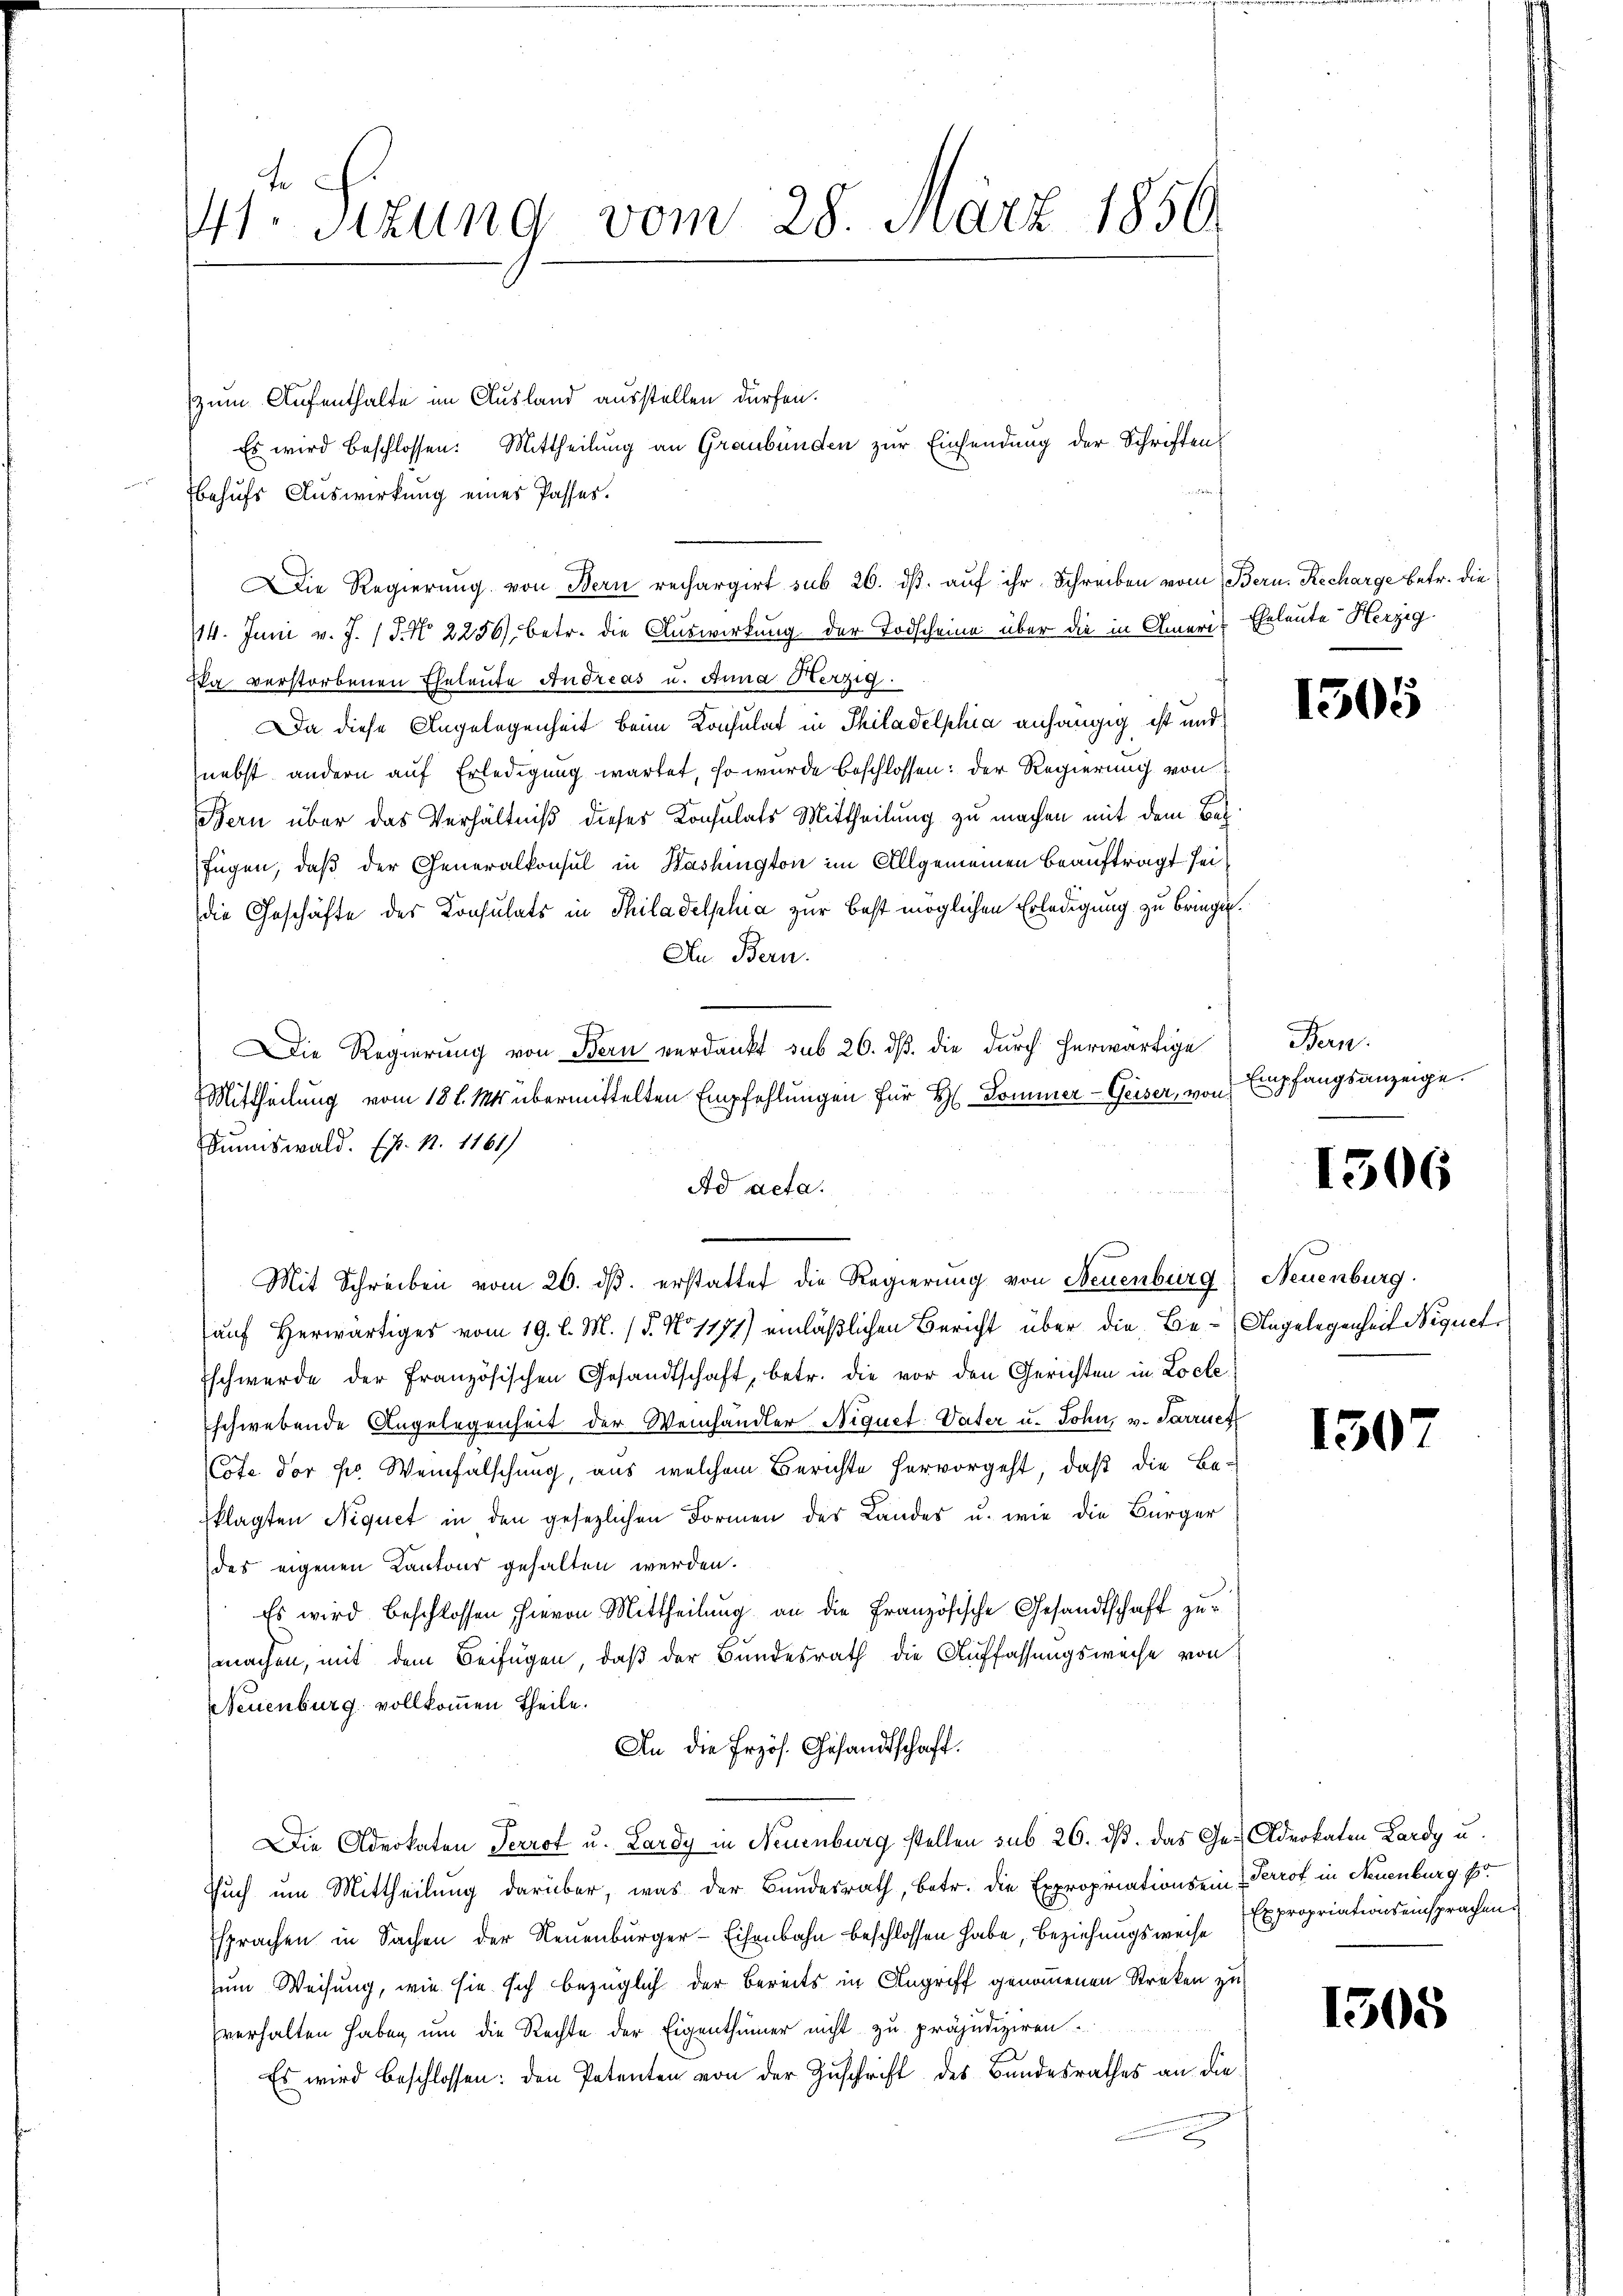
41. Sizung vom 28. März 1850.
zum Aufenthalte im Ausland ausstellen dürfen.

behufs Auswirkung eines Passes.
14. Juni v. J. (T. No. 2256), betr. die Auswirkung der Todscheine über die in Amerin Eheleute Herzig
Eka verstorbenen Eheleute Andreas u. Anna Kerzig.
Da diese Angelegenheit beim Konsulat in Philadelphia anhängig ist und
nebst andern auf Erledigung wartet, so wurde beschlossen: der Regierung von
Bern über das Verhältniß dieses Konsulats Mittheilung zu machen mit dem Bez
fügen, daß der Generalkonsul in Washington im Allgemeinen Beauftragt sei
die Geschäfte des Konsulats in Philadelphia zur Best möglichen Erledigung zu bringin.
An Bern.
Die Regierung von Bern verdankt sub 26. dß. die durch herwärtige
Mittheilung vom 18 l. Mts. übermittelten Empfehlungen für H Sommer-Geiser, von
Dumswald. Ex. N. 1161)
Ad acta.
Mit Schreiben vom 26. dβ. erstattet die Regierung von Neuenburg
auf Herwärtiges vom 19. l. M. (§. No 1171) einläßlichen Bericht über die Be- Angelegenheit Niquet
Eschwerde der Französischen Gesandtschaft, betr. die vor den Gerichten in Locte,
schwebende Angelegenheit der Weinhändler Niquet Vater u. John, v. Parruef
Cote der pro Weinfalschung, aus welchem Berichte hervorgeht, daß die Be-
klagten Niquet in den gesezlichen Formen des Landes u. wie die Bürger
des eigenen Kantons gehalten werden.
Es wird beschlossen hievon Mittheilung an die Französische Gesandtschaft zumachen, mit dem Beifügen, daß der Bundesrath die Auffassungsweise von
Neuenburg vollkommen Theile.
An die Erzös. Gesandtschaft.
Die Advokaten Perrot u. Lardy in Neuenburg stellen sub 26. ds. das Ge- Advokaten Lardy u.
Tuch um Mittheilung darüber, was der Bundesrath, betr. die Expropriationsein 4 Perrot in Neuenburg. Er
sprachen in Sachen der Neuenburger-Eisenbahn beschlossen habe, Beziehungsweise Expropriationseinsprachen
zum Weisung, wie sie sich bezüglich der bereits in Angriff genommenen Streken zu
verhalten haben, um die Rechte der Eigenthümer nicht zu präjudiziren.
Es wird beschlossen: den Petenten von der Zuschrift des Bandesrathes an die

Es wird beschlossen: Mittheilung an Graubünden zur Einsendung der Schriften

f
Die Regierŭng von Bern rechargirt sub 26. dβ aŭf ihr Schreiben vom Bern. Recharge betr. die

1505

Bern.
Empfangsanzeige.

1306

Neuenburg.

150

1305